Vaccination Hyderabad 1872-1889 - 1872-1889
Year: 1872
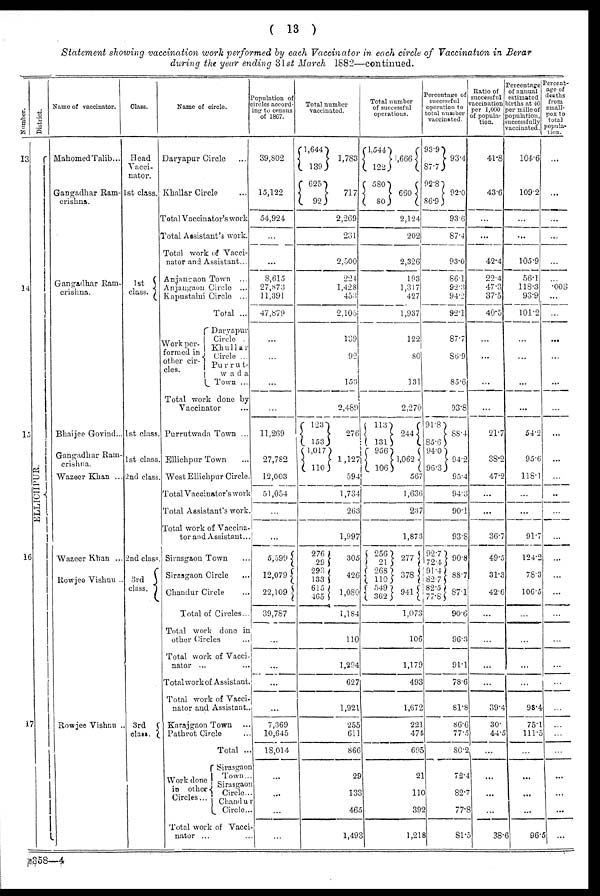
( 13 )
Statement showing vaccination work performed by each Vaccinator in each circle of Vaccination in Berar
during the year ending 31st March 1882—continued.
Number.
13
14
15
16
17
District.
ELLICHPUR.
Name of vaccinator.
Mahomed Talib...
Gangadhar Ram¬
crishna.
Gangadhar Ram¬
crishna.
Bhaijee Govind...
Gangadhar Ram¬
crishna.
Wazeer Khan ...
Wazeer Khan ...
Rowjee Vishnu ..
Rowjee Vishnu ...
Class.
Head
Vacci-
nator.
1st class.
1st
class.
1st class.
1st class.
2nd class.
2nd class.
3rd
class.
3rd
class.
Name of circle.
Daryapur Circle ...
Khallar Circle ...
Total Vaccinator's work
Total Assistant's work.
Total work of Vacci-
nator and Assistant...
Anjangaon Town ...
Anjangraon Circle ...
Kapustalni Circle ...
Total ...
Work per¬
formed in
other cir¬
cles.
Daryapur
Circle
Khullar
Circle ...
Purrut¬
wada
Town ...
Total work done by
Vaccinator ...
Purrutwada Town ...
Ellichpur Town ...
West Ellichpur Circle.
Total Vaccinator's work
Total Assistant's work.
Total work of Vaccina-
tor and Assistant...
Sirasgaon Town ...
Sirasgaon Circle
Chandur Circle ...
Total of Circles...
Total work done in
other Circles
Total work of Vacci-
nator ...
Total work of Assistant.
Total work of Vacci-
nator and Assistant..
Karajgaon Town ...
Pathrot Circle ...
Total ...
Work done
in other
Circles...
Sirasgaon
Town...
Sirasgaon
Circle...
Chandur
Circle...
Total work of Vacci¬
nator ...
Population of
circles accord-
ing to census
of 1867.
39,802
15,122
54,924
...
...
8,615
27,873
11,391
47,879
...
...
...
...
11,269
27,782
12,003
51,054
...
...
5,599
12,079
22,109
39,787
...
...
...
...
7,369
10,645
18,014
...
...
...
...
Total number
vaccinated.
1,644
139
625
92
1,783
717
2,269
231
2,500
224
1,428
453
2,105
139
92
153
2,489
123
153
1,017
110
276
1,127
594
1,734
263
1,997
276
29
293
133
615
465
305
426
1,080
1,184
110
1,294
627
1,921
255
611
866
29
133
465
1,493
Total number
of successful
operations.
1,544
122
580
80
1,666
660
2,124
202
2,326
193
1,317
427
1,937
122
80
131
2,270
113
131
956
106
244
1,062
567
1,636
237
1,873
256
21
268
110
549
362
277
378
941
1,073
106
1,179
493
1,672
221
474
695
21
110
392
1,218
Percentage of
successful
operation to
total number
vaccinated.
93.9
87.7
92.8
86.9
93.4
92.0
93.6
87.4
93.0
86.1
92.3
94.2
92.1
87.7
86.9
85.6
93.8
91.8
85.6
94.0
96.3
88.4
94.2
95.4
94.3
90.1
93.8
92.7
72.4
91.4
82.7
82.5
77.8
90.8
88.7
87.1
90.6
96.3
91.1
78.6
81.8
86.6
77.5
80.2
72.4
82.7
77.8
81.5
Ratio of
successful
vaccination
per 1,000
of popula-
tion.
41.8
43.6
...
...
42.4
22.4
47.3
37.5
40.5
...
...
...
...
21.7
38.2
47.2
...
...
36.7
49.5
31.3
42.6
...
...
...
...
39.4
30.
44.5
...
...
...
...
38.6
Percentage
of annual
estimated
births at 40
per mille of
population,
successfully
vaccinated.
104.6
109.2
...
...
105.9
56.1
118.3
93.9
101.2
...
...
...
...
54.2
95.6
118.1
...
...
91.7
124.2
78.3
106.5
...
...
...
...
98.4
75.1
111.5
...
...
...
...
96.5
Percent-
age of
deaths
from
small-
pox to
total
popula-
tion.
...
...
...
...
...
...
.003
...
...
...
...
...
...
...
...
...
...
...
...
...
...
...
...
...
...
...
...
...
...
...
...
...
...
...
B358—4